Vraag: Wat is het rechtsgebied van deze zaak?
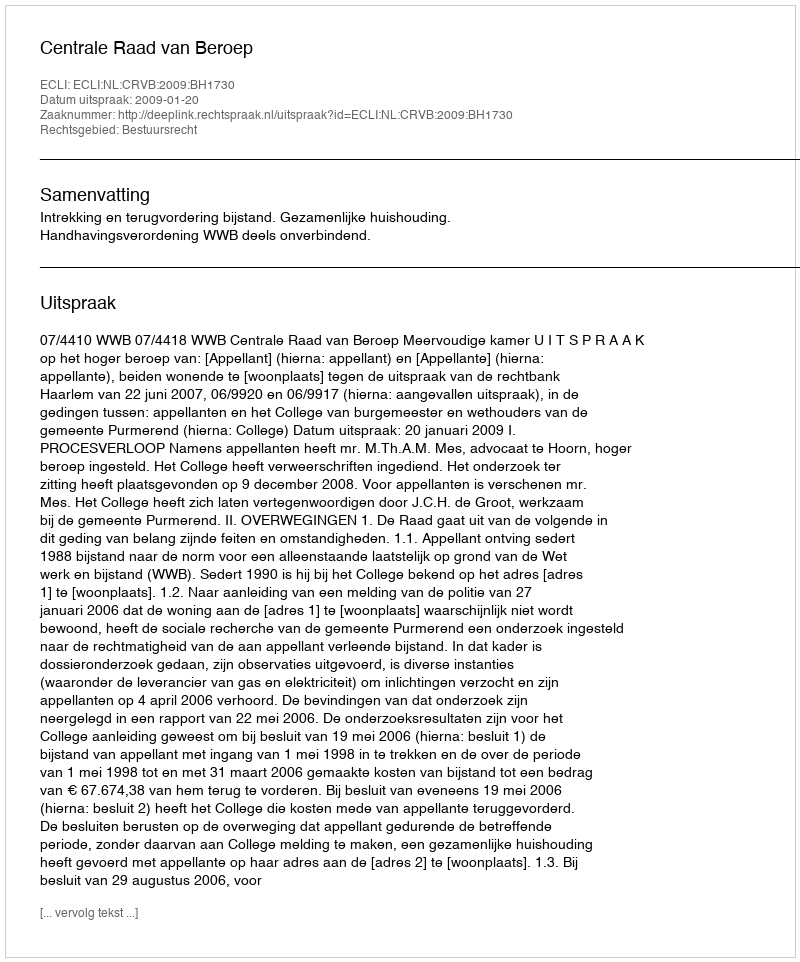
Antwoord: Bestuursrecht